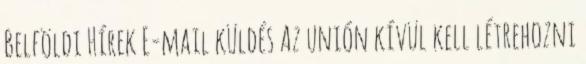
Belföldi Hírek E-mail küldés Az unión kívül kell létrehozni